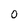
Character: O